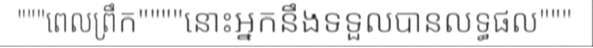
"""ពេលព្រឹក""""នោះអ្នកនឹងទទួលបានលទ្ធផល"""